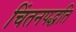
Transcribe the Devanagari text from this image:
चिंतनपद्धति